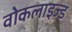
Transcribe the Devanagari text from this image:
वोकलाइज्ड